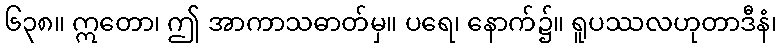
၆၃၈။ ဣတော၊ ဤ အာကာသဓာတ်မှ။ ပရေ၊ နောက်၌။ ရူပဿလဟုတာဒီနံ၊